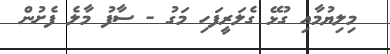
މިލިޔުމާއި ގުޅޭ ގެލަރީފަހި މަގު - ސާފު މާލެ ފެށުން